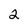
Character: 2